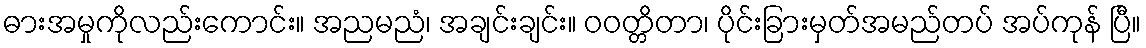
ဓားအမှုကိုလည်းကောင်း။ အညမညံ၊ အချင်းချင်း။ ဝဝတ္တိတာ၊ ပိုင်းခြားမှတ်အမည်တပ် အပ်ကုန် ပြီ။